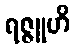
ရဇ္ဇူဟိ